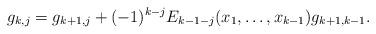
LaTeX: \begin{align*}g_{k,j} = g_{k+1,j} + (-1)^{k-j} E_{k-1-j}(x_1, \ldots, x_{k-1}) g_{k+1,k-1}.\end{align*}